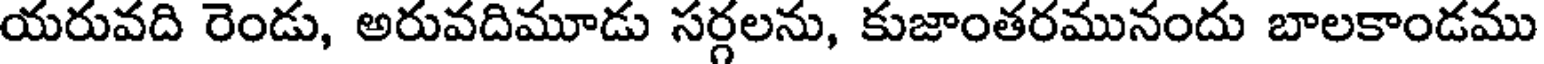
యరువది రెండు, అరువదిమూడు సర్గలను, కుజాంతరమునందు బాలకాండము